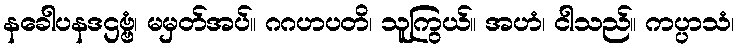
နခေါပနဒဌဗ္ဗံ၊ မမှတ်အပ်။ ဂဂဟပတိ၊ သူကြွယ်။ အဟံ၊ ငါသည်။ ကပ္ပာသံ၊